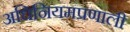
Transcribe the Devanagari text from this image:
अधिनियमप्रणाली